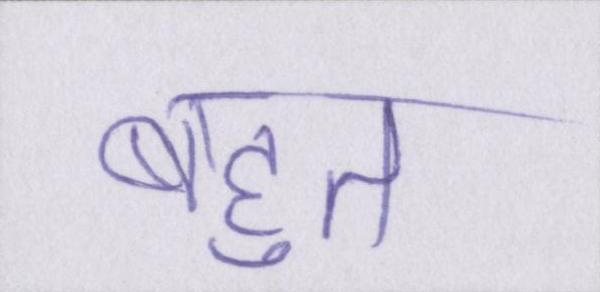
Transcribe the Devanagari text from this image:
बहुत